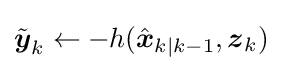
{\tilde {\boldsymbol {y}}}_{k}\leftarrow -h({\hat {\boldsymbol {x}}}_{k|k-1},{\boldsymbol {z}}_{k})